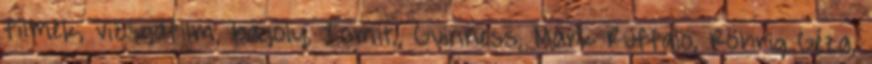
filmek, vizsgafilm, bagoly, Tomit., Guinness, Mark Ruffalo, Röhrig Géza,